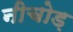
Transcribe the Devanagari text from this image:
नीचोड़